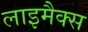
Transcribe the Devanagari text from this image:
लाइमैक्स